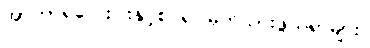
အာဟာရလေးပါးနှင့်စပ်၍ မှတ်သားဖွယ်ရာများ။